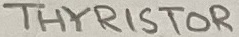
Text: THYRISTOR